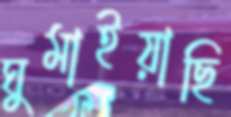
ঘুমাইয়াছি